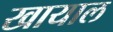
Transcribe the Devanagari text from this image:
खायाल